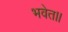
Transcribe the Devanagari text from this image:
भवेत।।